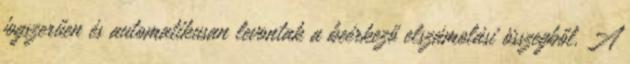
jogszerűen és automatikusan levontak a beérkező elszámolási összegből. A